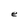
Character: e